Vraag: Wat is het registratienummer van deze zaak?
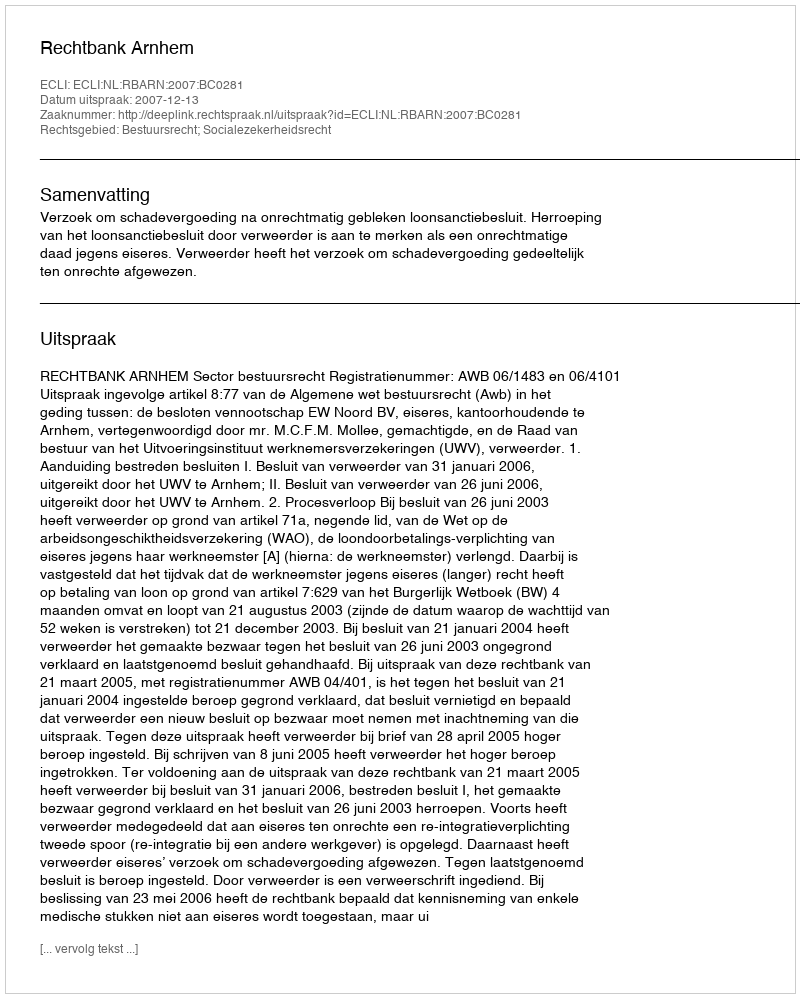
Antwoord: http://deeplink.rechtspraak.nl/uitspraak?id=ECLI:NL:RBARN:2007:BC0281